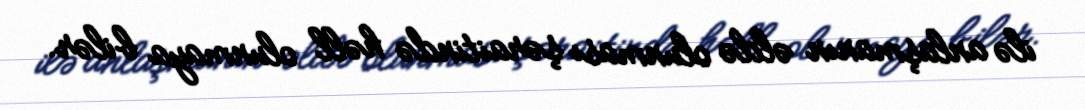
ilə anlaşmanın əldə olunması şəraitində həll olunmaya bilər.